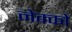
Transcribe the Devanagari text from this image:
नेक्को